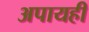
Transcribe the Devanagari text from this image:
अपायही